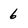
Character: 6